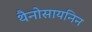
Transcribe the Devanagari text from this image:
थैनोसायनिन